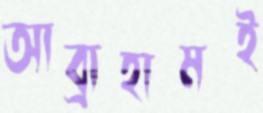
আব্রাহামই